Annual statistical returns and brief notes on vaccination in Bengal - 1909-1929
Year: 1909
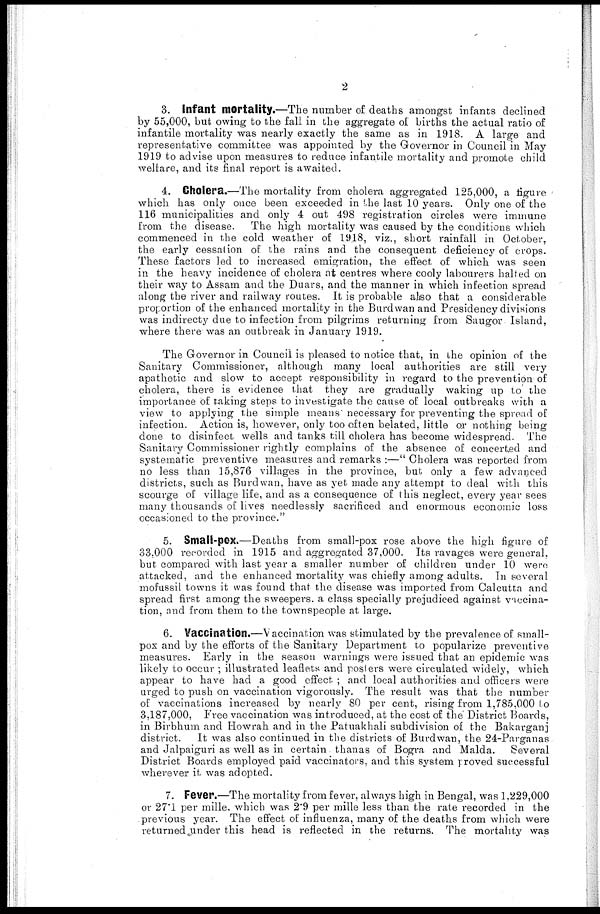
2
3. Infant mortality.—The number of deaths amongst infants declined
by 55,000, but owing to the fall in the aggregate of births the actual ratio of
infantile mortality was nearly exactly the same as in 1918. A large and
representative committee was appointed by the Governor in Council in May
1919 to advise upon measures to reduce infantile mortality and promote child
welfare, and its final report is awaited.
4. Cholera.—The mortality from cholera aggregated 125,000, a figure
which has only once been exceeded in the last 10 years. Only one of the
116 municipalities and only 4 out 498 registration circles were immune
from the disease. The high mortality was caused by the conditions which
commenced in the cold weather of 1918, viz., short rainfall in October,
the early cessation of the rains and the consequent deficiency of crops.
These factors led to increased emigration, the effect of which was seen
in the heavy incidence of cholera at centres where cooly labourers halted on
their way to Assam and the Duars, and the manner in which infection spread
along the river and railway routes. It is probable also that a considerable
proportion of the enhanced mortality in the Burdwan and Presidency divisions
was indirecty due to infection from pilgrims returning from Saugor Island,
where there was an outbreak in January 1919.
The Governor in Council is pleased to notice that, in the opinion of the
Sanitary Commissioner, although many local authorities are still very
apathetic and slow to accept responsibility in regard to the prevention of
cholera, there is evidence that they are gradually waking up to the
importance of taking steps to investigate the cause of local outbreaks with a
view to applying the simple means necessary for preventing the spread of
infection. Action is, however, only too often belated, little or nothing being
done to disinfect wells and tanks till cholera has become widespread. The
Sanitary Commissioner rightly complains of the absence of concerted and
systematic preventive measures and remarks :—" Cholera was reported from
no less than 15,876 villages in the province, but only a few advanced
districts, such as Burdwan, have as yet made any attempt to deal with this
scourge of village life, and as a consequence of this neglect, every year sees
many thousands of lives needlessly sacrificed and enormous economic loss
occasioned to the province."
5. Small-pox.—Deaths from small-pox rose above the high figure of
33,000 recorded in 1915 and aggregated 37,000. Its ravages were general,
but compared with last year a smaller number of children under 10 were
attacked, and the enhanced mortality was chiefly among adults. In several
mofussil towns it was found that the disease was imported from Calcutta and
spread first among the sweepers a class specially prejudiced against vaccina-
tion, and from them to the townspeople at large.
6. Vaccination.—Vaccination was stimulated by the prevalence of small-
pox and by the efforts of the Sanitary Department to popularize preventive
measures. Early in the season warnings were issued that an epidemic was
likely to occur ; illustrated leaflets and posters were circulated widely, which
appear to have had a good effect ; and local authorities and officers were
urged to push on vaccination vigorously. The result was that the number
of vaccinations increased by nearly 80 per cent, rising from 1,785,000 to
3,187,000, Free vaccination was introduced, at the cost of the District Boards,
in Birbhum and Howrah and in the Patuakhali subdivision of the Bakarganj
district. It was also continued in the districts of Burdwan, the 24-Parganas
and Jalpaiguri as well as in certain thanas of Bogra and Malda. Several
District Boards employed paid vaccinators, and this system proved successful
wherever it was adopted.
7. Fever.—The mortality from fever, always high in Bengal, was 1,229,000
or 27.1 per mille. which was 2.9 per mille less than the rate recorded in the
previous year. The effect of influenza, many of the deaths from which were
returned under this head is reflected in the returns. The mortality was